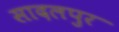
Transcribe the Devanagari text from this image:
सादलपुर